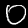
Label: 0